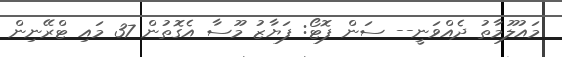
މައުލޫމާތު ދެއްވަނީ-- ސަން ފޮޓޯ: ފަޔާޒު މޫސާ އެގޮތުން 37 މައި ޓްރޭނިން